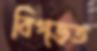
বিগ্‌ড়ত